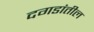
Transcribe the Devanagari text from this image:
दगडांतील